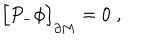
\Bigr [ P _ { - } \phi \Bigr ] _ { \partial M } = 0 \; ,